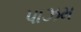
પાઝમ